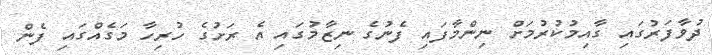
ދުވާފަރުގައި ގާއިމުކުރުމަށް ނިންމާފައި ފެނުގެ ނިޒާމުގައި އެ ރަށުގެ ހުރިހާ މަގެއްގައި ފެން